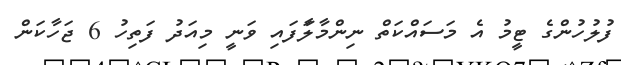
ފުލުހުންގެ ޓީމު އެ މަސައްކަތް ނިންމާލާަފައި ވަނީ މިއަދު ފަތިހު 6 ޖަހާކަން